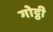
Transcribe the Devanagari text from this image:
गोट्ठी